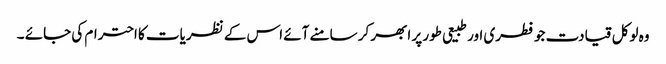
وہ لوکل قیادت جو فطری اور طبیعی طور پر ابھر کر سامنے آئے اس کے نظریات کا احترام کی جائے ۔